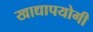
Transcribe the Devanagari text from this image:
खाद्यापयोगी